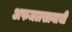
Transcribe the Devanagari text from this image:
अफजलखानाची